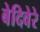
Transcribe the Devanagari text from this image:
बेदिवेरे